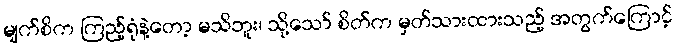
မျက်စိက ကြည့်ရုံနဲ့တော့ မသိဘူး၊ သို့သော် စိတ်က မှတ်သားထားသည့် အတွက်ကြောင့်